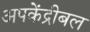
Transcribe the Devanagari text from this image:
अपकेंद्रीबल